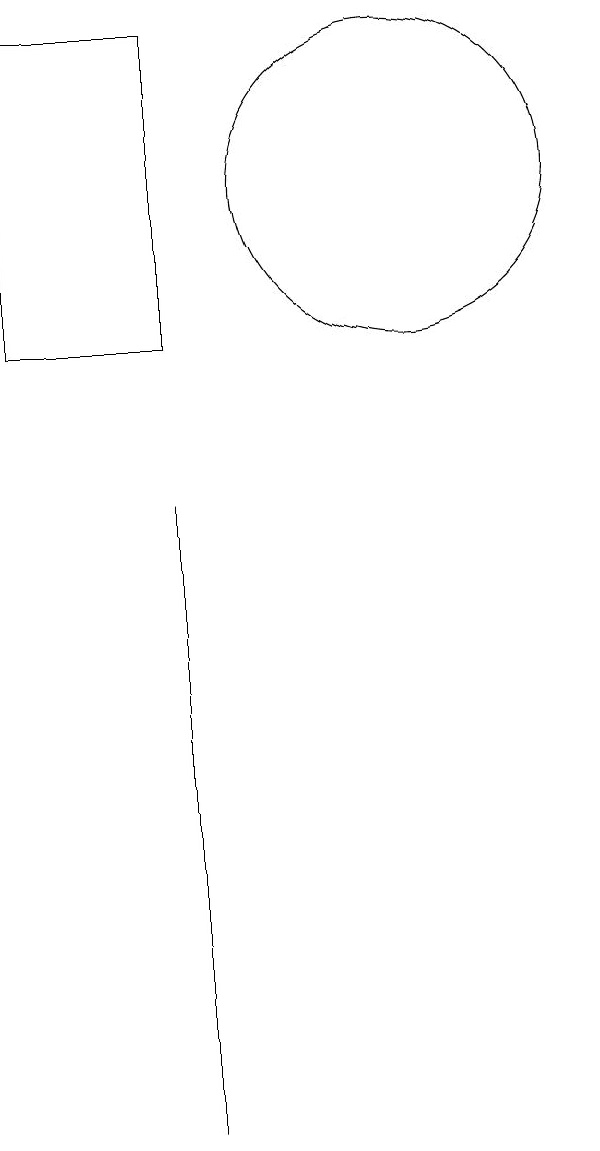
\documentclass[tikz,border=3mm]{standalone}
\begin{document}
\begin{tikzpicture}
\draw (8,10) rectangle (6,14);
\draw (8,0) -- (8,8) -- (8,5) -- cycle;
\draw (11,12) circle (2);
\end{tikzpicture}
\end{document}